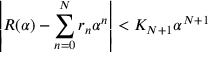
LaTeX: \left| R ( \alpha ) - \sum _ { n = 0 } ^ { N } r _ { n } \alpha ^ { n } \right| < K _ { N + 1 } \alpha ^ { N + 1 }